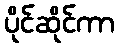
ပိုင်ဆိုင်ကာ